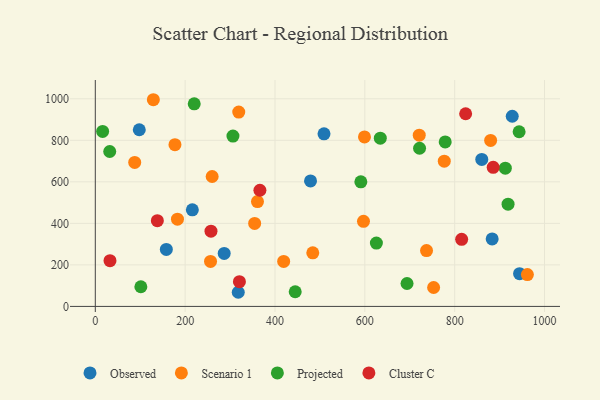
{"axis": {"x": "Study Hours", "y": "Rating"}, "legend": ["Cluster C", "Observed", "Projected", "Scenario 1"], "data": [{"x": "479.1", "y": 604.2, "type": "Observed"}, {"x": "318.2", "y": 68.1, "type": "Observed"}, {"x": "944.4", "y": 157.6, "type": "Observed"}, {"x": "216.0", "y": 465.4, "type": "Observed"}, {"x": "509.1", "y": 831.2, "type": "Observed"}, {"x": "860.3", "y": 708.0, "type": "Observed"}, {"x": "883.4", "y": 325.0, "type": "Observed"}, {"x": "286.9", "y": 255.2, "type": "Observed"}, {"x": "928.1", "y": 916.0, "type": "Observed"}, {"x": "158.1", "y": 274.3, "type": "Observed"}, {"x": "97.9", "y": 850.8, "type": "Observed"}, {"x": "256.5", "y": 216.7, "type": "Scenario 1"}, {"x": "260.1", "y": 625.7, "type": "Scenario 1"}, {"x": "182.9", "y": 420.1, "type": "Scenario 1"}, {"x": "484.1", "y": 257.9, "type": "Scenario 1"}, {"x": "880.0", "y": 799.3, "type": "Scenario 1"}, {"x": "599.2", "y": 816.3, "type": "Scenario 1"}, {"x": "361.0", "y": 505.1, "type": "Scenario 1"}, {"x": "319.3", "y": 936.0, "type": "Scenario 1"}, {"x": "776.8", "y": 699.3, "type": "Scenario 1"}, {"x": "753.1", "y": 91.2, "type": "Scenario 1"}, {"x": "129.2", "y": 995.5, "type": "Scenario 1"}, {"x": "721.1", "y": 824.6, "type": "Scenario 1"}, {"x": "597.0", "y": 409.8, "type": "Scenario 1"}, {"x": "87.7", "y": 693.5, "type": "Scenario 1"}, {"x": "961.8", "y": 153.4, "type": "Scenario 1"}, {"x": "177.3", "y": 779.0, "type": "Scenario 1"}, {"x": "737.3", "y": 268.9, "type": "Scenario 1"}, {"x": "354.7", "y": 399.8, "type": "Scenario 1"}, {"x": "419.3", "y": 216.5, "type": "Scenario 1"}, {"x": "912.7", "y": 665.8, "type": "Projected"}, {"x": "634.4", "y": 810.2, "type": "Projected"}, {"x": "721.8", "y": 761.7, "type": "Projected"}, {"x": "693.9", "y": 110.4, "type": "Projected"}, {"x": "591.1", "y": 600.2, "type": "Projected"}, {"x": "918.8", "y": 492.2, "type": "Projected"}, {"x": "101.4", "y": 94.6, "type": "Projected"}, {"x": "625.7", "y": 305.3, "type": "Projected"}, {"x": "943.4", "y": 841.3, "type": "Projected"}, {"x": "445.0", "y": 70.6, "type": "Projected"}, {"x": "220.2", "y": 975.9, "type": "Projected"}, {"x": "32.1", "y": 746.2, "type": "Projected"}, {"x": "306.4", "y": 820.3, "type": "Projected"}, {"x": "16.3", "y": 843.0, "type": "Projected"}, {"x": "778.9", "y": 792.2, "type": "Projected"}, {"x": "32.7", "y": 220.5, "type": "Cluster C"}, {"x": "366.4", "y": 559.4, "type": "Cluster C"}, {"x": "885.7", "y": 670.1, "type": "Cluster C"}, {"x": "815.5", "y": 323.1, "type": "Cluster C"}, {"x": "257.5", "y": 362.3, "type": "Cluster C"}, {"x": "824.4", "y": 927.9, "type": "Cluster C"}, {"x": "138.1", "y": 413.1, "type": "Cluster C"}, {"x": "320.8", "y": 119.1, "type": "Cluster C"}]}